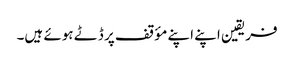
فریقین اپنے اپنے مؤقف پر ڈٹے ہوئے ہیں۔